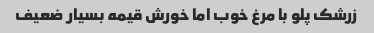
زرشک پلو با مرغ خوب اما خورش قیمه بسیار ضعیف